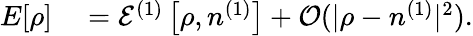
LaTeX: \begin{array}{rl}{E[\rho]}&{{}={\cal E}^{(1)}\left[\rho,n^{(1)}\right]+{\cal O}(\vert\rho-n^{(1)}\vert^{2}).}\end{array}